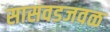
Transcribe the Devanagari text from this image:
सासवडजवळ